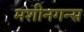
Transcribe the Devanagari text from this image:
मशीनगन्स